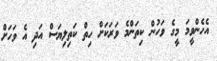
އެހެންވީމަ މީގެ ވަހުން ކިތަންމެ ވަރަކަށް ހިތް ކަތިލިޔަސް އަދި އެ ވަހަށް